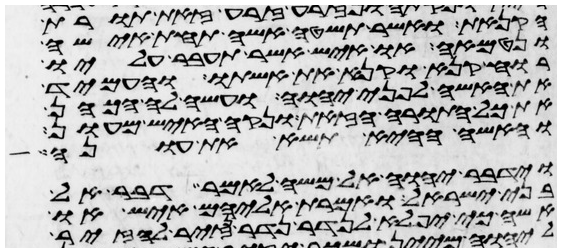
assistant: הקנאת אשר תשטה אשה תחת אישה
ונטמאה או איש אשר תעבר עליו
רוח קנאה וקנא את אשתו והעמיד
את האשה לפני יהוה ועשה לה הכהן
את כל התורה הזאת ונקה האיש מעון
והאשה ההיא תשא את עונה
וידבר יהוה אל משה לאמר דבר אל
בני ישראל ואמרת אליהם איש או
אשה כי יפלא לנדר נדר נזיר להזיר